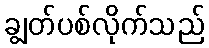
ချွတ်ပစ်လိုက်သည်